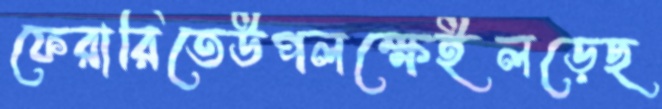
ফেরারিতেউপলক্ষেইলড়েছ